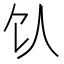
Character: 𬲦